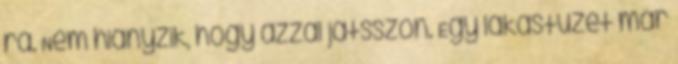
rá. Nem hiányzik, hogy azzal játsszon. Egy lakástüzet már